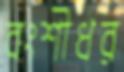
বংশীধর